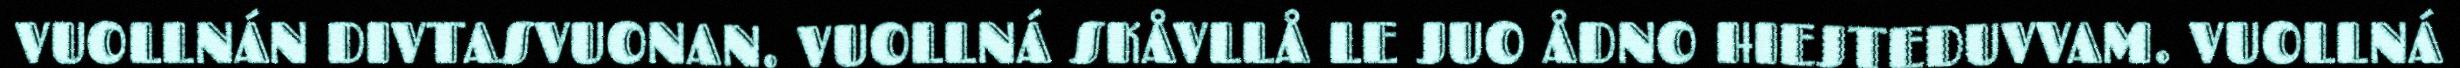
VUOLLNÁN DIVTASVUONAN. VUOLLNÁ SKÅVLLÅ LE JUO ÅDNO HIEJTEDUVVAM. VUOLLNÁ